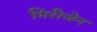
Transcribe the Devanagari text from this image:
मिरीजेन